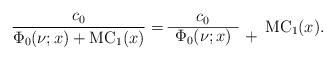
LaTeX: \begin{align*}\frac{c_0}{\Phi_0(\nu;x)+\mathrm{MC}_1(x)}=\begin{array}{cc}c_0& \\\cline{1-1}\Phi_0(\nu;x) & +\end{array}\mathrm{MC}_1(x).\end{align*}